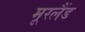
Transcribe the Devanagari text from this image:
मूरलैंड